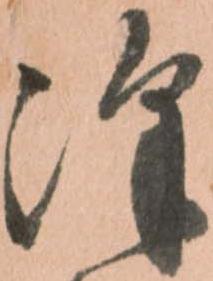
澤